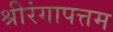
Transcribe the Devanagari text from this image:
श्रीरंगापत्तम